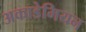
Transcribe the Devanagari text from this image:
अकाडेमियन